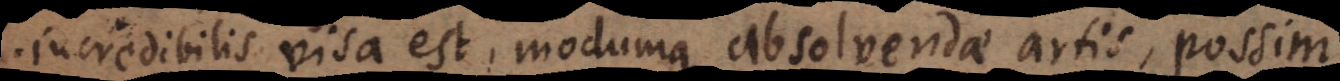
incredibilis visa est, modumque absolvendae artis, possim